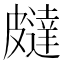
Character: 㿹